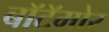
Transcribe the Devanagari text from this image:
बॉटॅमोर